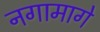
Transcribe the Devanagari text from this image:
नगामागे